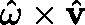
\textstyle { \hat { \mathbf { \omega } } } \times { \hat { \mathbf { v } } }